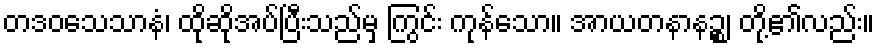
တဒဝသေသာနံ၊ ထိုဆိုအပ်ပြီးသည်မှ ကြွင်း ကုန်သော။ အာယတနာနဉ္စ၊ တို့၏လည်း။